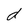
Character: d